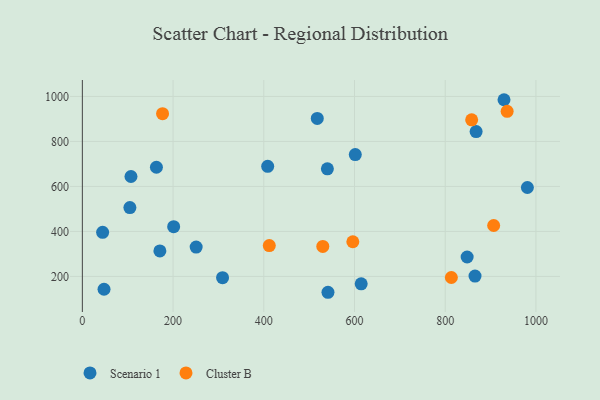
{"axis": {"x": "Speed", "y": "Demand"}, "legend": ["Cluster B", "Scenario 1"], "data": [{"x": "848.3", "y": 286.4, "type": "Scenario 1"}, {"x": "163.3", "y": 685.2, "type": "Scenario 1"}, {"x": "104.8", "y": 506.1, "type": "Scenario 1"}, {"x": "250.9", "y": 330.3, "type": "Scenario 1"}, {"x": "865.7", "y": 201.7, "type": "Scenario 1"}, {"x": "929.6", "y": 985.4, "type": "Scenario 1"}, {"x": "201.3", "y": 421.0, "type": "Scenario 1"}, {"x": "868.1", "y": 843.7, "type": "Scenario 1"}, {"x": "517.9", "y": 902.3, "type": "Scenario 1"}, {"x": "601.7", "y": 741.8, "type": "Scenario 1"}, {"x": "107.2", "y": 644.2, "type": "Scenario 1"}, {"x": "309.1", "y": 194.3, "type": "Scenario 1"}, {"x": "47.8", "y": 142.9, "type": "Scenario 1"}, {"x": "614.7", "y": 167.0, "type": "Scenario 1"}, {"x": "170.9", "y": 313.2, "type": "Scenario 1"}, {"x": "540.2", "y": 678.2, "type": "Scenario 1"}, {"x": "44.7", "y": 396.2, "type": "Scenario 1"}, {"x": "981.1", "y": 595.2, "type": "Scenario 1"}, {"x": "408.6", "y": 689.5, "type": "Scenario 1"}, {"x": "541.5", "y": 129.5, "type": "Scenario 1"}, {"x": "858.3", "y": 895.9, "type": "Cluster B"}, {"x": "936.5", "y": 933.7, "type": "Cluster B"}, {"x": "530.1", "y": 333.1, "type": "Cluster B"}, {"x": "596.3", "y": 354.1, "type": "Cluster B"}, {"x": "906.8", "y": 426.3, "type": "Cluster B"}, {"x": "176.8", "y": 923.6, "type": "Cluster B"}, {"x": "412.1", "y": 336.9, "type": "Cluster B"}, {"x": "813.5", "y": 195.2, "type": "Cluster B"}]}